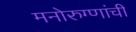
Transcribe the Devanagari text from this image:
मनोरुग्णांची